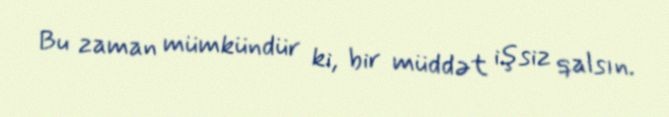
Bu zaman mümkündür ki, bir müddət işsiz qalsın.